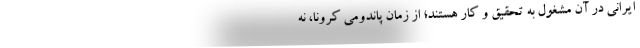
ایرانی در آن مشغول به تحقیق و کار هستند؛ از زمان پاندومی کرونا، نه